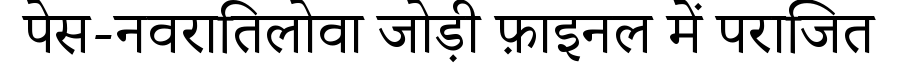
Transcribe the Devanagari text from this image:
पेस-नवरातिलोवा जोड़ी फ़ाइनल में पराजित